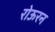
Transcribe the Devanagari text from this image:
रोऊरन